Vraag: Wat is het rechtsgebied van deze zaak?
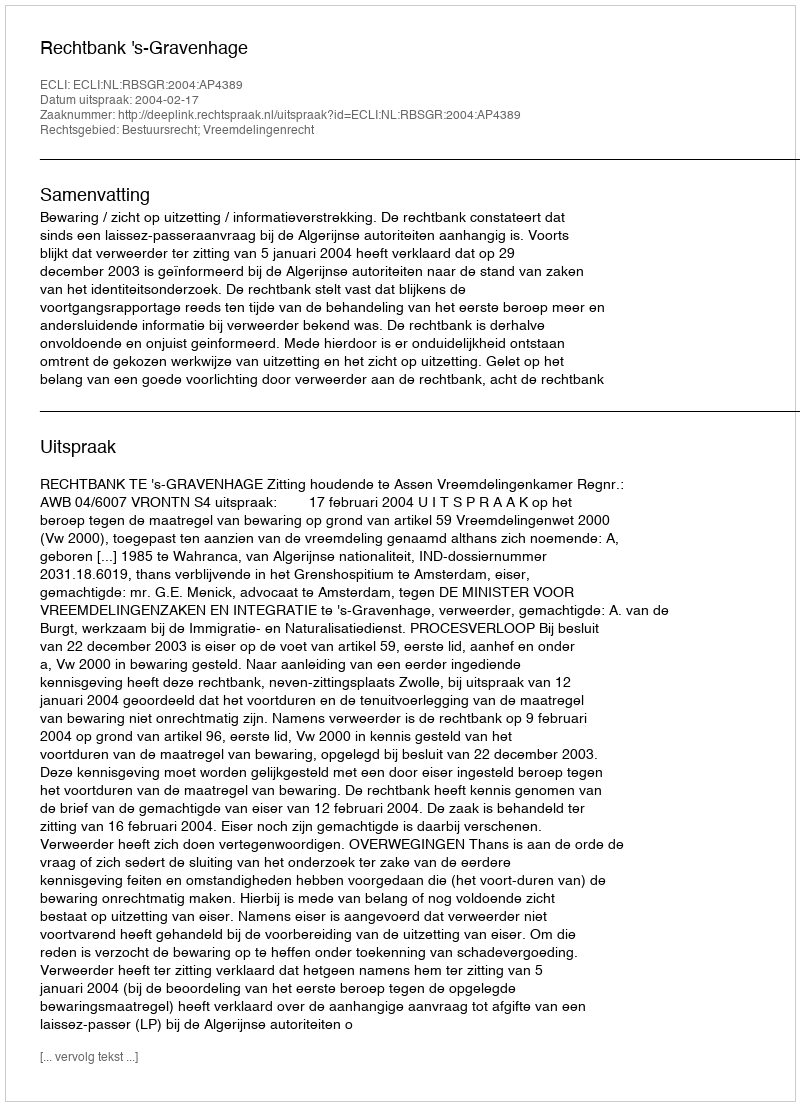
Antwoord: Bestuursrecht; Vreemdelingenrecht